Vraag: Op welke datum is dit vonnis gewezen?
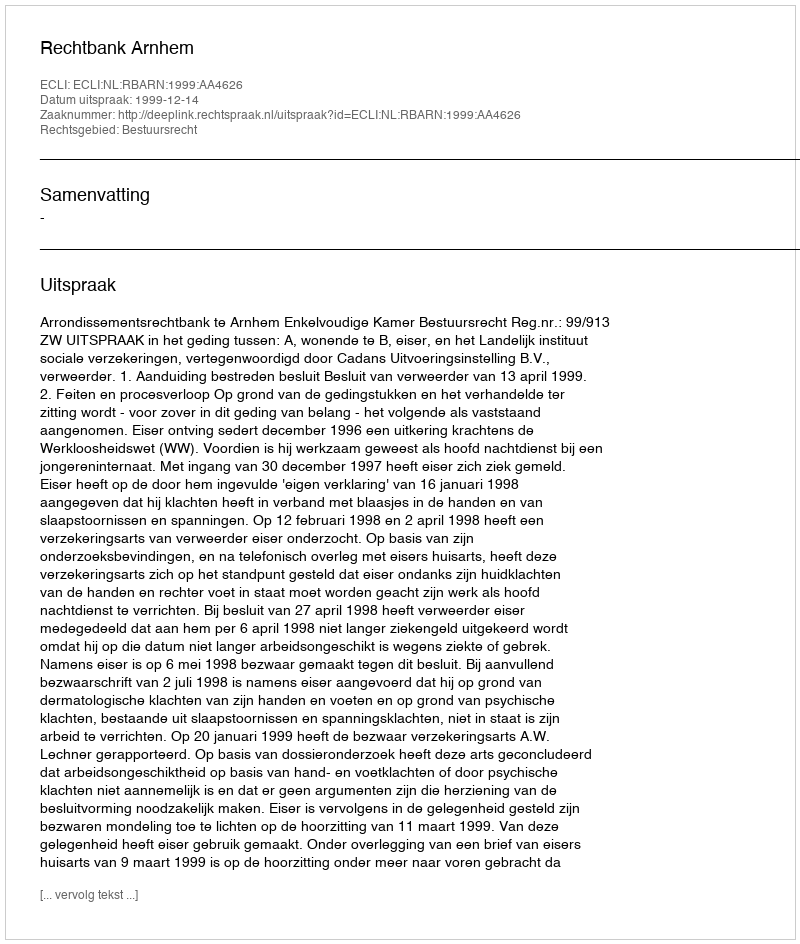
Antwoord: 1999-12-14